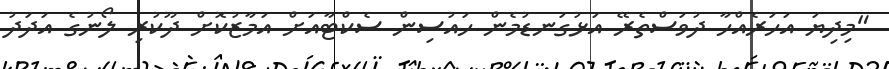
"މިދިޔަ އަހަރެއްހާ ދުވަސްތެރޭ އަޅުގަނޑުމެން ހައުސިން ސެކްޓާއަށް އަމާޒުކޮށް ދޫކުރި ލޯނުގެ އަދަދު